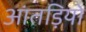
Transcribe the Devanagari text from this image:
आंतड़ियो